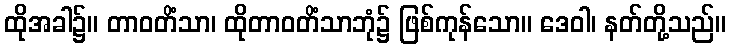
ထိုအခါ၌။ တာဝတိံသာ၊ ထိုတာဝတိံသာဘုံ၌ ဖြစ်ကုန်သော။ ဒေဝါ၊ နတ်တို့သည်။